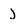
Character: j